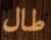
طال